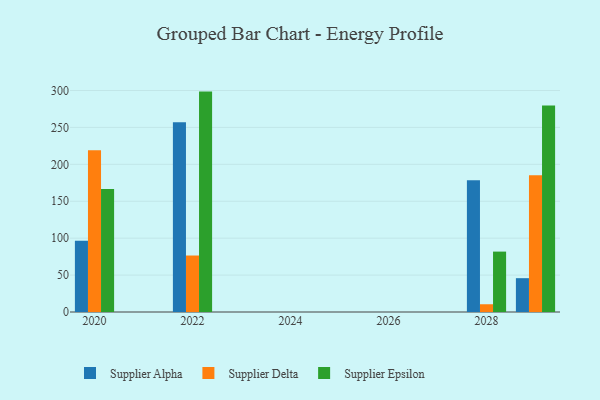
{"axis": {"x": "Year", "y": "Temperature (°C)"}, "legend": ["Supplier Alpha", "Supplier Delta", "Supplier Epsilon"], "data": [{"x": "2028", "y": 178.3, "type": "Supplier Alpha"}, {"x": "2028", "y": 10.5, "type": "Supplier Delta"}, {"x": "2028", "y": 81.8, "type": "Supplier Epsilon"}, {"x": "2020", "y": 96.6, "type": "Supplier Alpha"}, {"x": "2020", "y": 219.1, "type": "Supplier Delta"}, {"x": "2020", "y": 166.7, "type": "Supplier Epsilon"}, {"x": "2029", "y": 45.8, "type": "Supplier Alpha"}, {"x": "2029", "y": 185.3, "type": "Supplier Delta"}, {"x": "2029", "y": 279.7, "type": "Supplier Epsilon"}, {"x": "2022", "y": 256.9, "type": "Supplier Alpha"}, {"x": "2022", "y": 76.5, "type": "Supplier Delta"}, {"x": "2022", "y": 298.5, "type": "Supplier Epsilon"}]}